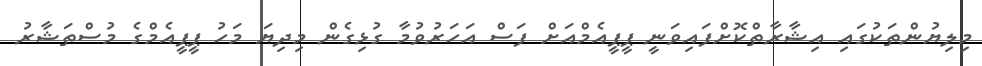
މިލިޔުންތަކުގައި އިޝާރާތްކޮށްފައިވަނީ ޕީޕީއެމްއަށް ފަސް އަހަރުވުމާ ގުޅިގެން މިދިޔަ މަހު ޕީޕީއެމްގެ މުސްތަޝާރު